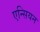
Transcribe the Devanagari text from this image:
एन्सियन